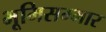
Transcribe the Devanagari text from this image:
भूमिसम्भार